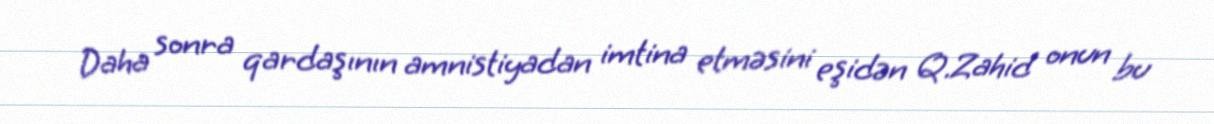
Daha sonra qardaşının amnistiyadan imtina etməsini eşidən Q.Zahid onun bu